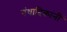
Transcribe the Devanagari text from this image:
गंधादिकांनीं